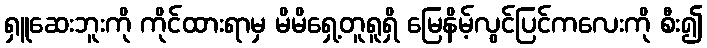
ရှူဆေးဘူးကို ကိုင်ထားရာမှ မိမိရှေ့တူရူရှိ မြေနိမ့်လွင်ပြင်ကလေးကို စီး၍